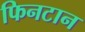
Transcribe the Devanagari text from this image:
फिनटान